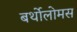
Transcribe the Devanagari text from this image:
बर्थोलोमस